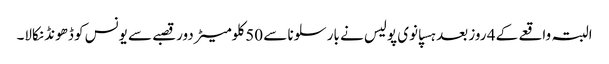
البتہ واقعے کے 4 روز بعد ہسپانوی پولیس نے بارسلونا سے 50 کلومیٹر دور قصبے سے یونس کو ڈھونڈ نکالا۔